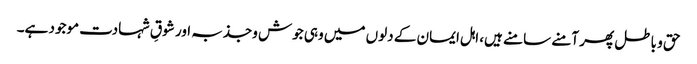
حق و باطل پھر آمنے سامنے ہیں، اہل ایمان کے دلوں میں وہی جوش وجذبہ اور شوقِ شہادت موجود ہے۔